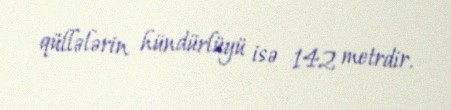
qüllələrin hündürlüyü isə 142 metrdir.